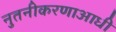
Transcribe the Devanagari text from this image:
नुतनीकरणाआधी